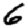
Digit: 6